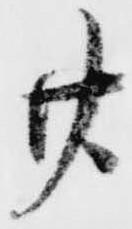
廿